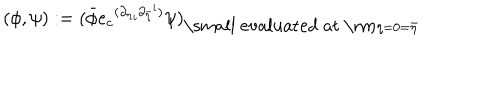
LaTeX: ( \phi , \psi ) : = { ( \bar { \phi } { e _ { c } } ^ { ( { { \partial } _ { \eta } } _ { i } { { \partial } _ { \bar { \eta } } } ^ { i } ) } \psi ) } _ { \mathrm { \small ~ e v a l u a t e d ~ a t ~ \mathrm { } } \eta = 0 = \bar { \eta } }